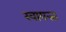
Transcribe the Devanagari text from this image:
स्वायत्त्त